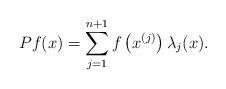
LaTeX: \begin{align*}Pf(x)=\sum\limits_{j=1}^{n+1}f\left(x^{(j)}\right)\lambda_j(x). \end{align*}